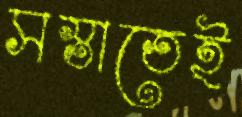
সস্তাতেই